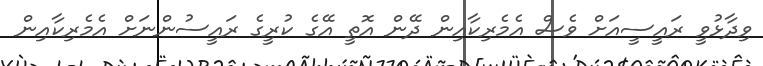
ވިދާޅުވީ ރައީސީއަށް ވެސް އެމެރިކާއިން ދޭން އޮތީ އޭގެ ކުރީގެ ރައީސުންނަށް އެމެރިކާއިން